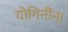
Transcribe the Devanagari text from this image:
योगिनींना